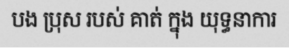
បង ប្រុស របស់ គាត់ ក្នុង យុទ្ធនាការ